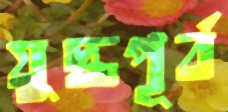
যুদ্ধপূর্ব